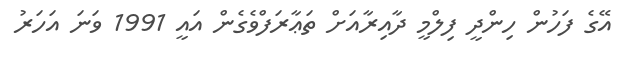
އޭގެ ފަހުން ހިންދީ ފިލްމީ ދާއިރާއަށް ތަޢާރަފްވެގެން އައީ 1991 ވަނަ އަހަރު